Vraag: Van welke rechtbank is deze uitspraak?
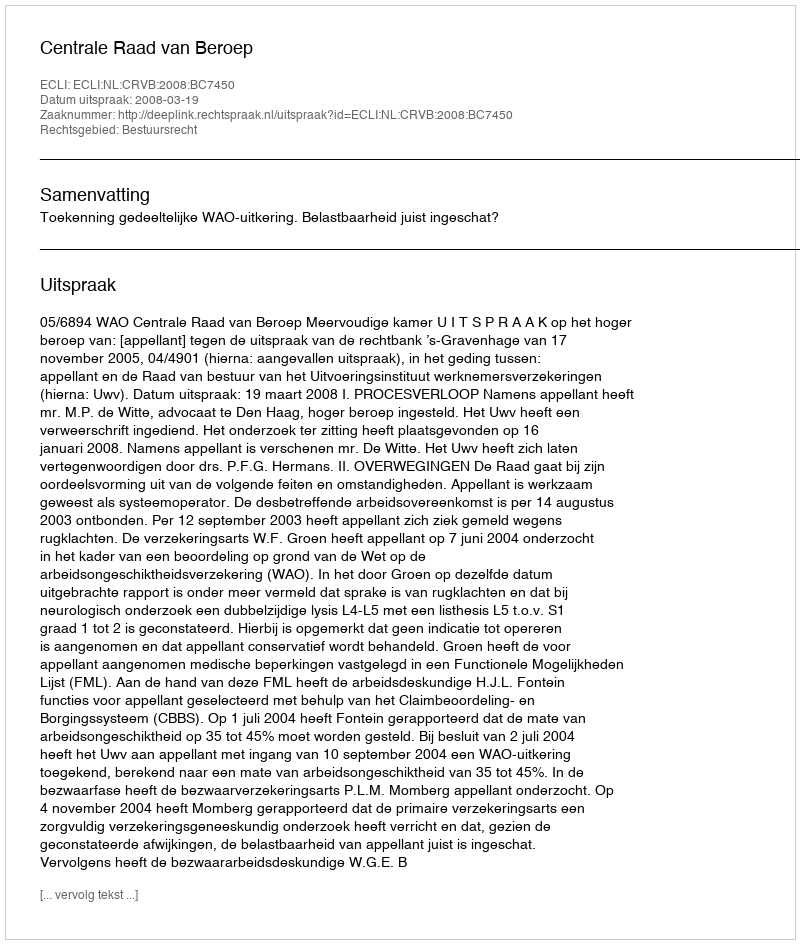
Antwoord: Centrale Raad van Beroep